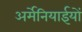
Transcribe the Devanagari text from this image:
अर्मेनियाईयों